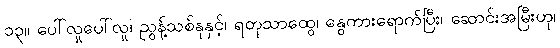
၁၃။ ပေါ်လှုပေါ်လှု၊ ညွန့်သစ်နုနှင့်၊ ရတုသာထွေ၊ နွေကားရောက်ပြီး၊ ဆောင်းအမြီးဟု၊